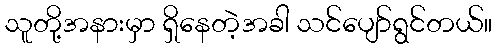
သူတို့အနားမှာ ရှိနေတဲ့အခါ သင်ပျော်ရွင်တယ်။